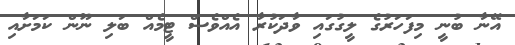
އޭނާ ބުނީ މިފަހަރުގެ ލީގުގައި ވާދަކުރާ އެއްވެސް ޓީމެއް ބަލި ނޫން ކަމަށާއި